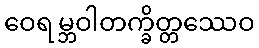
ဝေရမ္ဘဝါတက္ခိတ္တဿေဝ